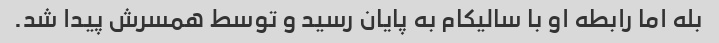
بله اما رابطه او با سالیکام به پایان رسید و توسط همسرش پیدا شد.